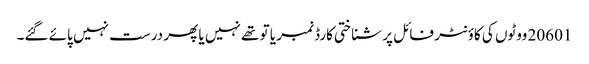
20601 ووٹوں کی کاؤنٹر فائل پر شناختی کارڈ نمبر یا تو تھے نہیں یا پھر درست نہیں پائے گئے۔